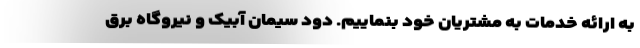
به ارائه خدمات به مشتریان خود بنماییم. دود سیمان آبیک و نیروگاه برق